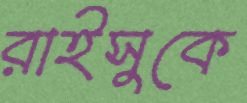
রাইসুকে